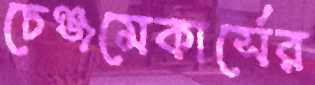
চেঞ্জমেকার্সের